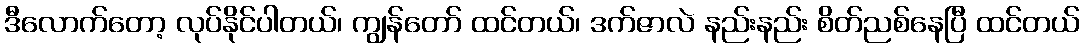
ဒီလောက်တော့ လုပ်နိုင်ပါတယ်၊ ကျွန်တော် ထင်တယ်၊ ဒက်ဇာလဲ နည်းနည်း စိတ်ညစ်နေပြီ ထင်တယ်